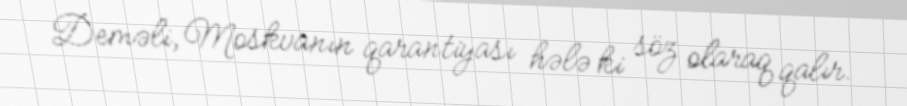
Deməli, Moskvanın qarantiyası hələ ki söz olaraq qalır.